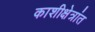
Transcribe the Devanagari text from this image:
काशीक्षेत्रांत